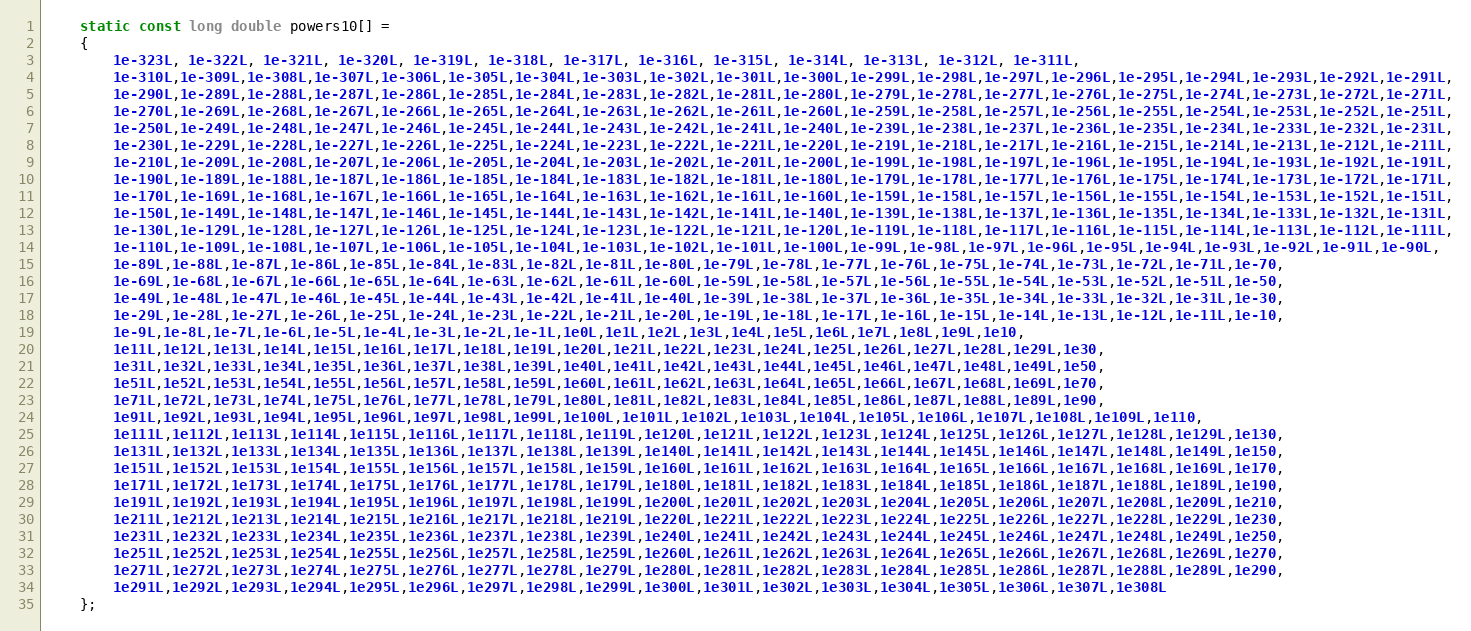
Language: C++
    static const long double powers10[] =
    {
        1e-323L, 1e-322L, 1e-321L, 1e-320L, 1e-319L, 1e-318L, 1e-317L, 1e-316L, 1e-315L, 1e-314L, 1e-313L, 1e-312L, 1e-311L,
        1e-310L,1e-309L,1e-308L,1e-307L,1e-306L,1e-305L,1e-304L,1e-303L,1e-302L,1e-301L,1e-300L,1e-299L,1e-298L,1e-297L,1e-296L,1e-295L,1e-294L,1e-293L,1e-292L,1e-291L,
        1e-290L,1e-289L,1e-288L,1e-287L,1e-286L,1e-285L,1e-284L,1e-283L,1e-282L,1e-281L,1e-280L,1e-279L,1e-278L,1e-277L,1e-276L,1e-275L,1e-274L,1e-273L,1e-272L,1e-271L,
        1e-270L,1e-269L,1e-268L,1e-267L,1e-266L,1e-265L,1e-264L,1e-263L,1e-262L,1e-261L,1e-260L,1e-259L,1e-258L,1e-257L,1e-256L,1e-255L,1e-254L,1e-253L,1e-252L,1e-251L,
        1e-250L,1e-249L,1e-248L,1e-247L,1e-246L,1e-245L,1e-244L,1e-243L,1e-242L,1e-241L,1e-240L,1e-239L,1e-238L,1e-237L,1e-236L,1e-235L,1e-234L,1e-233L,1e-232L,1e-231L,
        1e-230L,1e-229L,1e-228L,1e-227L,1e-226L,1e-225L,1e-224L,1e-223L,1e-222L,1e-221L,1e-220L,1e-219L,1e-218L,1e-217L,1e-216L,1e-215L,1e-214L,1e-213L,1e-212L,1e-211L,
        1e-210L,1e-209L,1e-208L,1e-207L,1e-206L,1e-205L,1e-204L,1e-203L,1e-202L,1e-201L,1e-200L,1e-199L,1e-198L,1e-197L,1e-196L,1e-195L,1e-194L,1e-193L,1e-192L,1e-191L,
        1e-190L,1e-189L,1e-188L,1e-187L,1e-186L,1e-185L,1e-184L,1e-183L,1e-182L,1e-181L,1e-180L,1e-179L,1e-178L,1e-177L,1e-176L,1e-175L,1e-174L,1e-173L,1e-172L,1e-171L,
        1e-170L,1e-169L,1e-168L,1e-167L,1e-166L,1e-165L,1e-164L,1e-163L,1e-162L,1e-161L,1e-160L,1e-159L,1e-158L,1e-157L,1e-156L,1e-155L,1e-154L,1e-153L,1e-152L,1e-151L,
        1e-150L,1e-149L,1e-148L,1e-147L,1e-146L,1e-145L,1e-144L,1e-143L,1e-142L,1e-141L,1e-140L,1e-139L,1e-138L,1e-137L,1e-136L,1e-135L,1e-134L,1e-133L,1e-132L,1e-131L,
        1e-130L,1e-129L,1e-128L,1e-127L,1e-126L,1e-125L,1e-124L,1e-123L,1e-122L,1e-121L,1e-120L,1e-119L,1e-118L,1e-117L,1e-116L,1e-115L,1e-114L,1e-113L,1e-112L,1e-111L,
        1e-110L,1e-109L,1e-108L,1e-107L,1e-106L,1e-105L,1e-104L,1e-103L,1e-102L,1e-101L,1e-100L,1e-99L,1e-98L,1e-97L,1e-96L,1e-95L,1e-94L,1e-93L,1e-92L,1e-91L,1e-90L,
        1e-89L,1e-88L,1e-87L,1e-86L,1e-85L,1e-84L,1e-83L,1e-82L,1e-81L,1e-80L,1e-79L,1e-78L,1e-77L,1e-76L,1e-75L,1e-74L,1e-73L,1e-72L,1e-71L,1e-70,
        1e-69L,1e-68L,1e-67L,1e-66L,1e-65L,1e-64L,1e-63L,1e-62L,1e-61L,1e-60L,1e-59L,1e-58L,1e-57L,1e-56L,1e-55L,1e-54L,1e-53L,1e-52L,1e-51L,1e-50,
        1e-49L,1e-48L,1e-47L,1e-46L,1e-45L,1e-44L,1e-43L,1e-42L,1e-41L,1e-40L,1e-39L,1e-38L,1e-37L,1e-36L,1e-35L,1e-34L,1e-33L,1e-32L,1e-31L,1e-30,
        1e-29L,1e-28L,1e-27L,1e-26L,1e-25L,1e-24L,1e-23L,1e-22L,1e-21L,1e-20L,1e-19L,1e-18L,1e-17L,1e-16L,1e-15L,1e-14L,1e-13L,1e-12L,1e-11L,1e-10,
        1e-9L,1e-8L,1e-7L,1e-6L,1e-5L,1e-4L,1e-3L,1e-2L,1e-1L,1e0L,1e1L,1e2L,1e3L,1e4L,1e5L,1e6L,1e7L,1e8L,1e9L,1e10,
        1e11L,1e12L,1e13L,1e14L,1e15L,1e16L,1e17L,1e18L,1e19L,1e20L,1e21L,1e22L,1e23L,1e24L,1e25L,1e26L,1e27L,1e28L,1e29L,1e30,
        1e31L,1e32L,1e33L,1e34L,1e35L,1e36L,1e37L,1e38L,1e39L,1e40L,1e41L,1e42L,1e43L,1e44L,1e45L,1e46L,1e47L,1e48L,1e49L,1e50,
        1e51L,1e52L,1e53L,1e54L,1e55L,1e56L,1e57L,1e58L,1e59L,1e60L,1e61L,1e62L,1e63L,1e64L,1e65L,1e66L,1e67L,1e68L,1e69L,1e70,
        1e71L,1e72L,1e73L,1e74L,1e75L,1e76L,1e77L,1e78L,1e79L,1e80L,1e81L,1e82L,1e83L,1e84L,1e85L,1e86L,1e87L,1e88L,1e89L,1e90,
        1e91L,1e92L,1e93L,1e94L,1e95L,1e96L,1e97L,1e98L,1e99L,1e100L,1e101L,1e102L,1e103L,1e104L,1e105L,1e106L,1e107L,1e108L,1e109L,1e110,
        1e111L,1e112L,1e113L,1e114L,1e115L,1e116L,1e117L,1e118L,1e119L,1e120L,1e121L,1e122L,1e123L,1e124L,1e125L,1e126L,1e127L,1e128L,1e129L,1e130,
        1e131L,1e132L,1e133L,1e134L,1e135L,1e136L,1e137L,1e138L,1e139L,1e140L,1e141L,1e142L,1e143L,1e144L,1e145L,1e146L,1e147L,1e148L,1e149L,1e150,
        1e151L,1e152L,1e153L,1e154L,1e155L,1e156L,1e157L,1e158L,1e159L,1e160L,1e161L,1e162L,1e163L,1e164L,1e165L,1e166L,1e167L,1e168L,1e169L,1e170,
        1e171L,1e172L,1e173L,1e174L,1e175L,1e176L,1e177L,1e178L,1e179L,1e180L,1e181L,1e182L,1e183L,1e184L,1e185L,1e186L,1e187L,1e188L,1e189L,1e190,
        1e191L,1e192L,1e193L,1e194L,1e195L,1e196L,1e197L,1e198L,1e199L,1e200L,1e201L,1e202L,1e203L,1e204L,1e205L,1e206L,1e207L,1e208L,1e209L,1e210,
        1e211L,1e212L,1e213L,1e214L,1e215L,1e216L,1e217L,1e218L,1e219L,1e220L,1e221L,1e222L,1e223L,1e224L,1e225L,1e226L,1e227L,1e228L,1e229L,1e230,
        1e231L,1e232L,1e233L,1e234L,1e235L,1e236L,1e237L,1e238L,1e239L,1e240L,1e241L,1e242L,1e243L,1e244L,1e245L,1e246L,1e247L,1e248L,1e249L,1e250,
        1e251L,1e252L,1e253L,1e254L,1e255L,1e256L,1e257L,1e258L,1e259L,1e260L,1e261L,1e262L,1e263L,1e264L,1e265L,1e266L,1e267L,1e268L,1e269L,1e270,
        1e271L,1e272L,1e273L,1e274L,1e275L,1e276L,1e277L,1e278L,1e279L,1e280L,1e281L,1e282L,1e283L,1e284L,1e285L,1e286L,1e287L,1e288L,1e289L,1e290,
        1e291L,1e292L,1e293L,1e294L,1e295L,1e296L,1e297L,1e298L,1e299L,1e300L,1e301L,1e302L,1e303L,1e304L,1e305L,1e306L,1e307L,1e308L
    };